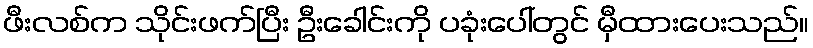
ဖီးလစ်က သိုင်းဖက်ပြီး ဦးခေါင်းကို ပခုံးပေါ်တွင် မှီထားပေးသည်။